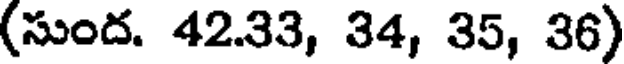
(సుంద. 42.33, 34, 35, 36)